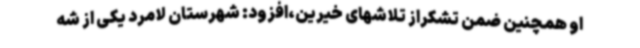
او همچنین ضمن تشکراز تلاشهای خیرین،افزود: شهرستان لامرد یکی از شه